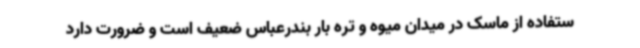
ستفاده از ماسک در میدان میوه و تره بار بندرعباس ضعیف است و ضرورت دارد